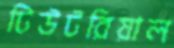
টিউটরিয়াল